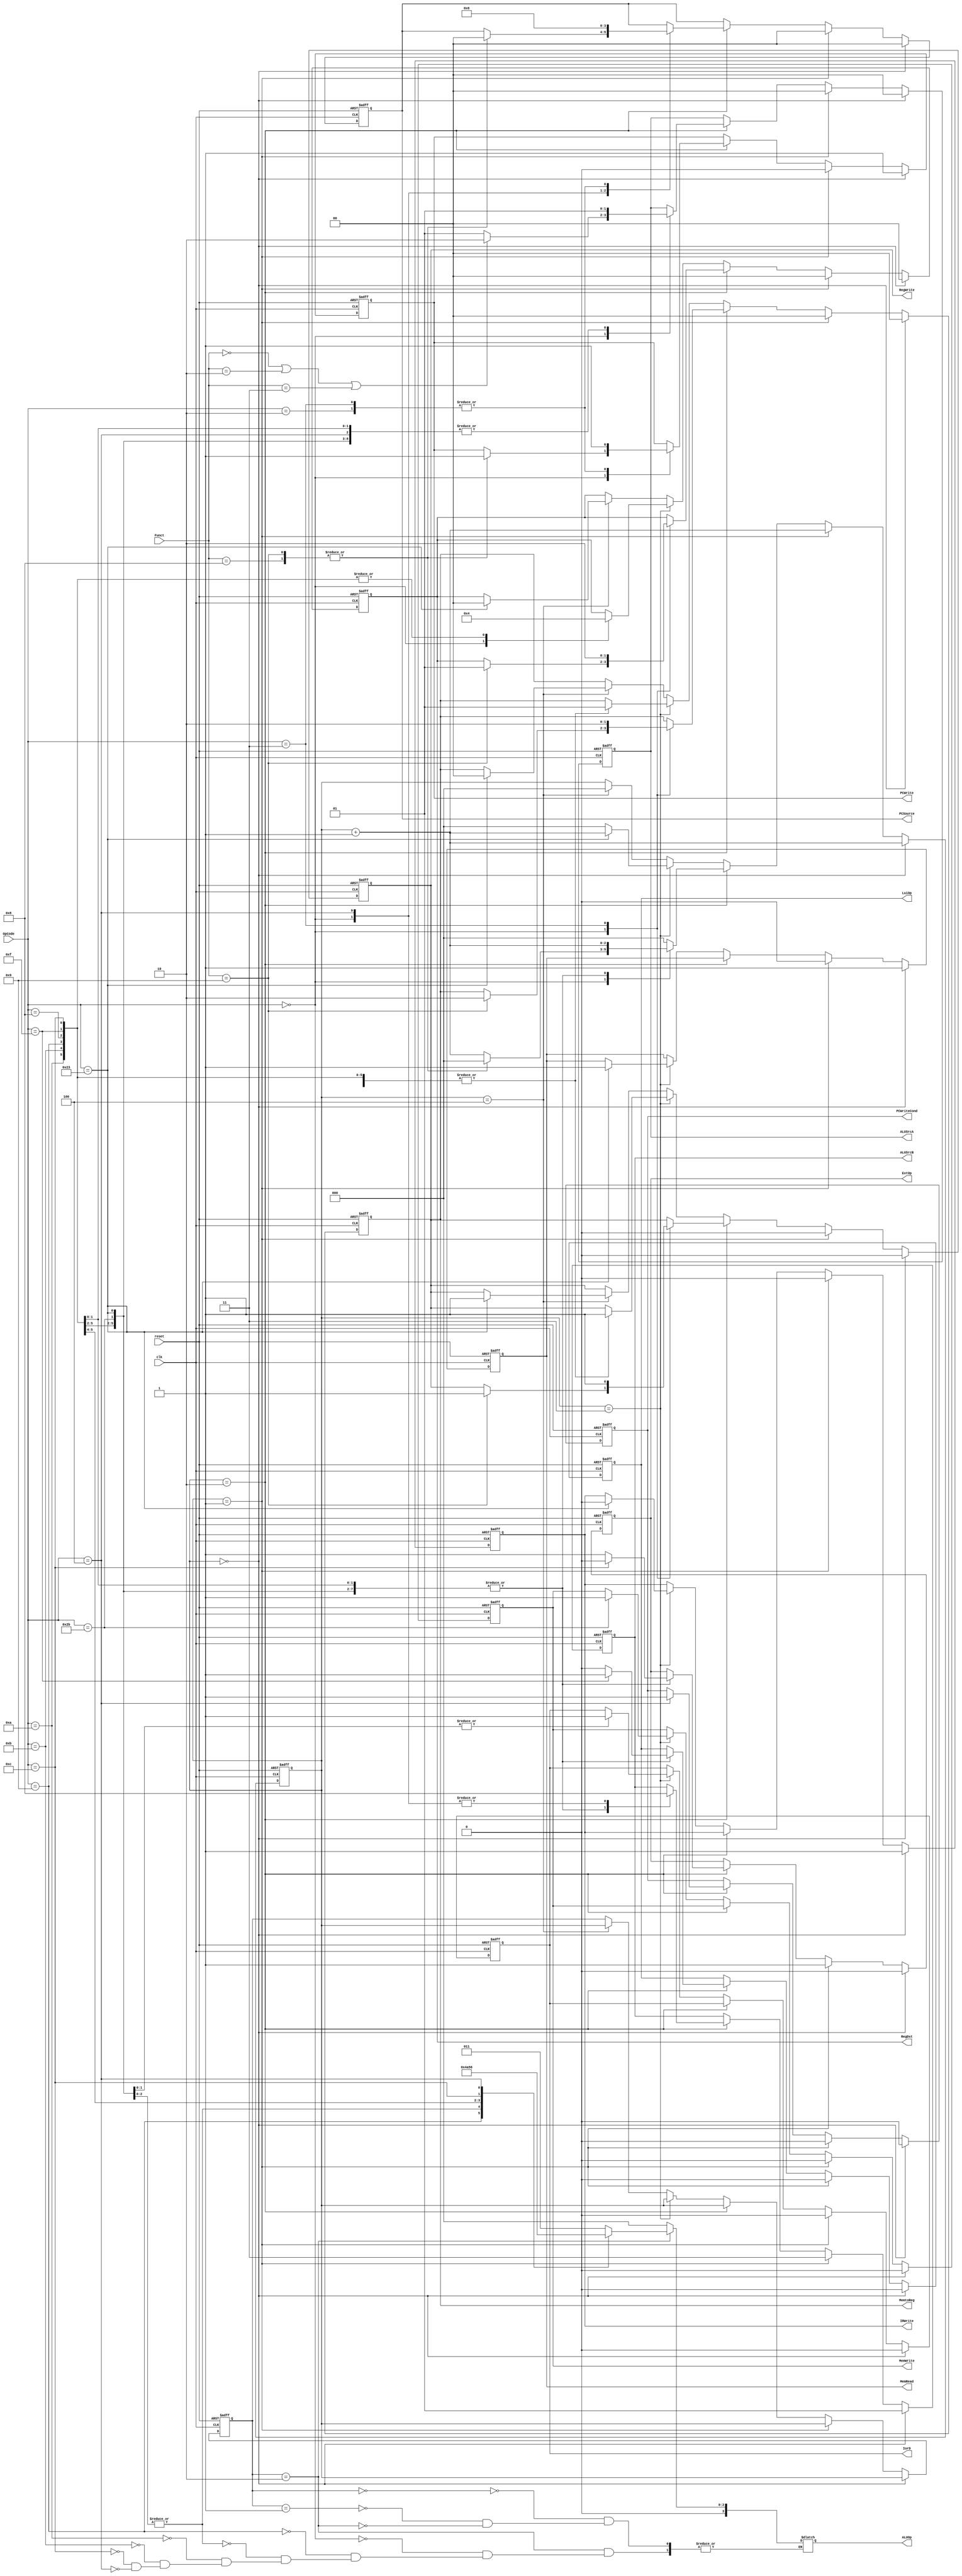
`timescale 1ns / 1ps
//////////////////////////////////////////////////////////////////////////////////
// Class: Fundamentals of Digital Logic and Processor
// Designer: Shulin Zeng, Shang Yang
// 
// Design Name: MultiCycleCPU
// Module Name: Controller
// Project Name: Multi-cycle-cpu
// Target Devices: 
// Tool Versions: 
// Description: 
// 
// Dependencies: 
// 
// Revision:
// Revision 0.01 - File Created
// Additional Comments:
// 
//////////////////////////////////////////////////////////////////////////////////


module Controller(reset, clk, OpCode, Funct, 
                PCWrite, PCWriteCond, IorD, MemWrite, MemRead,
                IRWrite, MemtoReg, RegDst, RegWrite, ExtOp, LuiOp,
                ALUSrcA, ALUSrcB, ALUOp, PCSource);
    //Input Clock Signals
    input reset;
    input clk;
    //Input Signals
    input  [5:0] OpCode;
    input  [5:0] Funct;
    //Output Control Signals
    output reg PCWrite;
    output reg PCWriteCond;
    output reg IorD;
    output reg MemWrite;
    output reg MemRead;
    output reg IRWrite;
    output reg [1:0] MemtoReg;
    output reg [1:0] RegDst;
    output reg RegWrite;
    output reg ExtOp;
    output reg LuiOp;
    output reg [1:0] ALUSrcA;
    output reg [1:0] ALUSrcB;
    output reg [3:0] ALUOp;
    output reg [1:0] PCSource;
      
     reg [2:0] state; //current state
     reg [2:0] next_state; //next_state
     parameter sIF = 3'b0 ,sID = 3'b1; 
     
    //--------------Your code below-----------------------

    always @(posedge reset or posedge clk) 
    begin
        if (reset) 
            begin
                state <= 3'b0;
                next_state <=3'b0;
                PCWrite <= 1'b0;
                PCWriteCond <= 1'b0;
                IorD <= 1'b0;
                MemWrite <= 1'b0;
                MemRead <= 1'b0;
                IRWrite <= 1'b0;
                MemtoReg <= 2'b00;
                RegDst <= 2'b0;
                RegWrite <= 1'b0;
                ExtOp <= 1'b0;
                LuiOp <= 1'b0;
                ALUSrcA <= 2'b0;
                ALUSrcB <= 2'b0;
                PCSource <=2'b0;
            end
        else
        begin
            if (next_state == sIF) 
                begin
                    
                    state <= next_state;
                    next_state <= next_state + 3'b1;
                    
                    MemRead <= 1'b1;
                    IRWrite <= 1'b1;
                    PCWrite <= 1'b1;
                    PCSource <= 2'b00;
                    ALUSrcA <= 2'b00;
                    IorD <= 1'b0;
                    ALUSrcB <= 2'b01;
        
                    PCWriteCond <= 1'b0;
                    MemWrite <= 1'b0;
                    MemtoReg <= 2'b00;
                    RegDst <= 2'b0;
                    RegWrite <= 1'b0;
                    ExtOp <= 1'b0;
                    LuiOp <= 1'b0;
                end
                
            else if (next_state == sID) 
                begin
                    state <= next_state;
                    next_state <= next_state + 3'b1;
                    ALUSrcA <= 2'b00;
                    ALUSrcB <= 2'b11;    
                    ExtOp <= 1'b1;
                    
                    PCWrite <= 1'b0;
                    PCWriteCond <= 1'b0;
                    IorD <= 1'b0;
                    MemWrite <= 1'b0;
                    MemRead <= 1'b0;
                    IRWrite <= 1'b0;
                    MemtoReg <= 2'b00;
                    RegDst <= 2'b0;
                    RegWrite <= 1'b0;
                    LuiOp <= 1'b0;
                    PCSource <=2'b0;
                end
            else if (next_state == 3'd2) 
                begin
                    state <= next_state;
                    case(OpCode)
                        6'h00: 
                            begin
                                ALUSrcA <= (Funct==6'h00 || Funct==6'h02 || Funct==6'h03 ) ? 2'b10 : 2'b01; 
                                ALUSrcB <= 2'b00;                       
                                case(Funct)
                                    6'h08:      
                                        begin
                                            PCSource <= 2'b00;
                                            PCWrite  <= 1'b1;
                                            next_state <= sIF;
                                        end
                                    6'h09:        
                                        begin
                                            PCSource <= 2'b00;
                                            PCWrite  <= 1'b1;
                                            next_state <= sIF;
                                            
                                            RegDst <= 2'b01;   
                                            MemtoReg <= 2'b10;
                                            RegWrite <= 1'b1;
                                        end
                                    default:
                                        begin
                                            next_state <= next_state + 3'b1;
                                        end
                                endcase
                            end
                        6'h23,6'h2b,6'h0f,6'h08,6'h09,6'h0c,6'h0b,6'h0a:      
                            begin
                                ALUSrcA <= 2'b01;   
                                ALUSrcB <= 2'b10;   
                                ExtOp <=((OpCode==6'h0c)? 0 : 1);      
                                LuiOp <=((OpCode==6'h0f)? 1 : 0);      
                                next_state <= next_state +3'b1;
                            end
                        6'h04: 
                            begin
                                PCWriteCond <= 1'b1;
                                ALUSrcA <= 2'b01;
                                ALUSrcB <= 2'b00;
                                PCSource <= 2'b01;
                                next_state <= sIF;
                            end
                        6'h02: 
                            begin
                                PCWrite <= 1'b1;
                                PCSource <= 2'b10;
                                next_state <= sIF;
                            end
                        6'h03: 
                            begin
                                PCWrite <= 1'b1;
                                PCSource <= 2'b10;
                                                               
                                RegDst <=  2'b10;   
                                MemtoReg <= 2'b10;
                                RegWrite <= 1'b1;
                                
                                next_state <= sIF;
                            end 
                        default: 
                            begin
                                next_state <= sIF;
                            end
                    endcase
                end
            else if (next_state == 3'd3) 
                begin
                    state<=next_state;
                    case(OpCode)
                        6'h00: 
                            begin
                                RegWrite <= 1'b1;
                                RegDst <= 2'b01;
                                MemtoReg <= 2'b01;
                                next_state <= sIF;
                            end
                        6'h2b:      
                            begin
                                MemWrite<=1'b1;
                                IorD <=1'b1;
                                next_state <= sIF;
                            end
                        6'h08,6'h09,6'h0c,6'h0b,6'h0a,6'h0f:      
                            begin
                                RegWrite <= 1'b1;
                                RegDst <= 2'b00;
                                MemtoReg <= 2'b01;
                                next_state <= sIF;
                            end
                        6'h23:      
                            begin
                                MemRead <= 1'b1;
                                IorD <= 1'b1;
                                IRWrite <=1'b0;
                                next_state <= next_state +3'b001;
                            end
                        default: 
                            begin
                                next_state <= sIF;
                            end
                    endcase
        
                end
            else if (next_state == 3'd4) 
                begin
                    state<=next_state;
                    case(OpCode)
                        6'h23: 
                            begin
                                RegWrite <= 1'b1;
                                RegDst <= 2'b00;
                                MemtoReg <= 2'b00;
                                next_state <= sIF;
                            end
                        default: 
                            begin
                                next_state <= sIF;
                            end
                    endcase
                 end
         end
    end
    
    
    //--------------Your code below-----------------------
    //ALUOp

    always @(*) 
        begin
            case(state)
            sIF:ALUOp<=4'b0; 
            sID:ALUOp<=4'b0; 
            3'd2:begin case(OpCode)
                            6'h0:ALUOp<=4'b0011;// R-type
                            6'h09:ALUOp<=4'b0;//addiu
                            6'h08,6'h23,6'h2b:ALUOp<=4'b0100;//addi,lw,sw
                            6'h0a:ALUOp<=4'b0101;//slti
                            6'h0b:ALUOp<=4'b0001;//sltiu
                            6'h0c:ALUOp<=4'b0010;//andi
                            6'h04:ALUOp<=4'b0110;//beq
                       endcase
                 end
            endcase  
    end

    //--------------Your code above-----------------------

endmodule